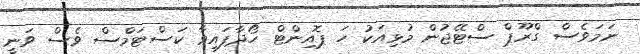
ނަމަވެސް ގްރޫޕް ސްޓޭޖުން މުޅިއަކު ހަ ޕޮއިންޓް ހޯދާފައިވާ ކަސްޓަމްސް ވެސް ވަނީ